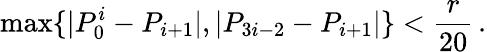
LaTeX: \operatorname*{max}\{ |P_{0}^{i}-P_{i+1}|,|P_{3i-2}-P_{i+1}|\} <\frac{r}{20}\, .